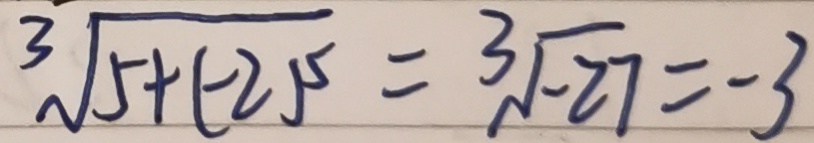
\sqrt [ 3 ] { 5 + ( - 2 ) ^ { 5 } } = \sqrt [ 3 ] { - 2 7 } = - 3